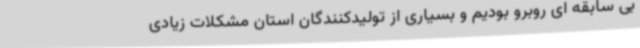
بی سابقه ای روبرو بودیم و بسیاری از تولیدکنندگان استان مشکلات زیادی